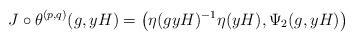
LaTeX: \begin{align*} J\circ \theta^{(p,q)}(g,yH)= \big(\eta(gyH)^{-1}\eta(yH),\Psi_2(g,yH)\big) \end{align*}